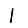
Digit: 1